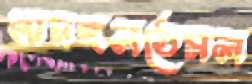
অমঙ্গলঠেসল